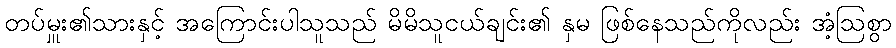
တပ်မှူး၏သားနှင့် အကြောင်းပါသူသည် မိမိသူငယ်ချင်း၏ နှမ ဖြစ်နေသည်ကိုလည်း အံ့ဩစွာ